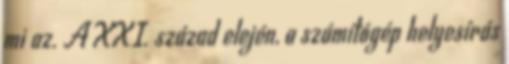
mi az. A XXI. század elején, a számítógép helyesírás